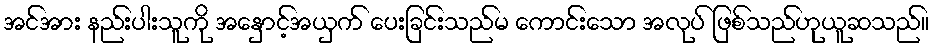
အင်အား နည်းပါးသူကို အနှောင့်အယှက် ပေးခြင်းသည်မ ကောင်းသော အလုပ် ဖြစ်သည်ဟုယူဆသည်။